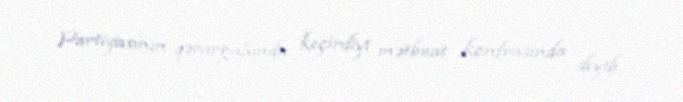
Partiyasının qərargahında keçirdiyi mətbuat konfrasında deyib.